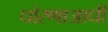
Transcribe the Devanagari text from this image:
धोरणाआधी